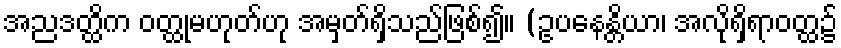
အညဒတ္ထိက ဝတ္ထုမဟုတ်ဟု အမှတ်ရှိသည်ဖြစ်၍။ (ဥပနေန္တိယာ၊ အလိုရှိရာဝတ္ထ၌